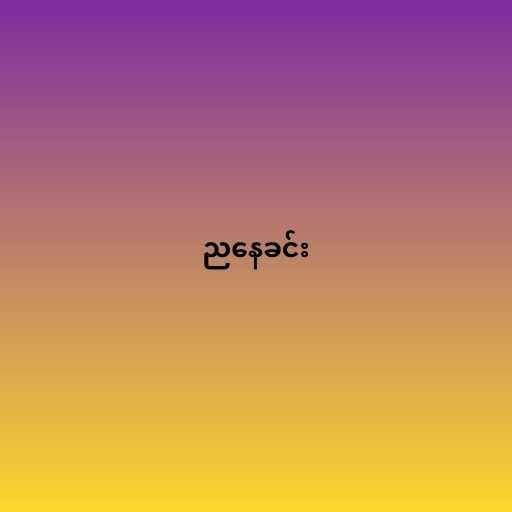
ညနေခင်း